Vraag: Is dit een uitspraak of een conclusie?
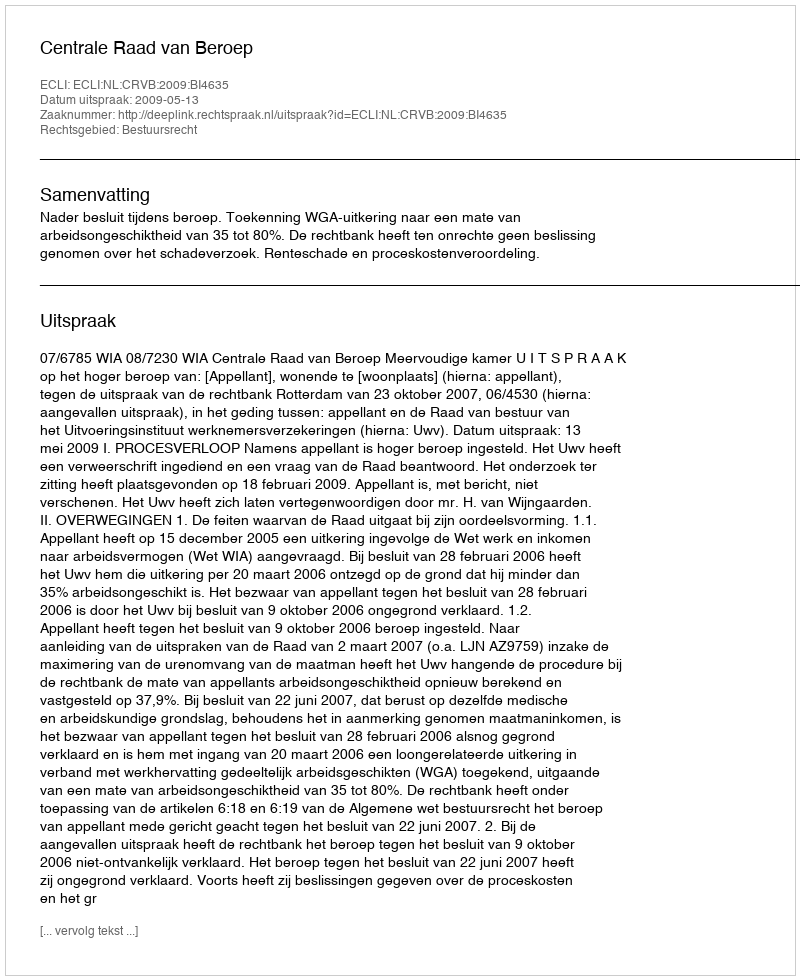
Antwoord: Uitspraak